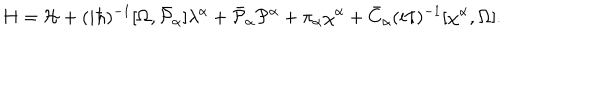
H = { \cal H } + ( i \hbar ) ^ { - 1 } [ \Omega , \bar { \cal P } _ { \alpha } ] \lambda ^ { \alpha } + \bar { \cal P } _ { \alpha } { \cal P } ^ { \alpha } + \pi _ { \alpha } \chi ^ { \alpha } + \bar { C } _ { \alpha } ( i \hbar ) ^ { - 1 } [ \chi ^ { \alpha } , \Omega ] .